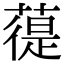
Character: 𦻀